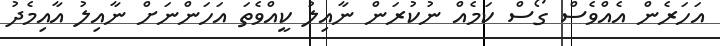
އަހަރެން އެއްވެސް ގޯސް ކަމެއް ނުކުރަން ނާއިލު ކީއްވެތަ އަހަންނަށް ނާއިލު އާއިމެދު